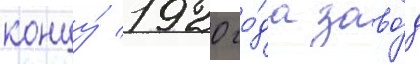
концу́ 1920 го́да заво́д